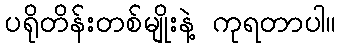
ပရိုတိန်းတစ်မျိုးနဲ့ ကုရတာပါ။